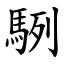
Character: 䮋